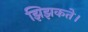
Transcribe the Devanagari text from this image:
झिझकते।